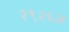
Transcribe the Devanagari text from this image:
२९२६अ